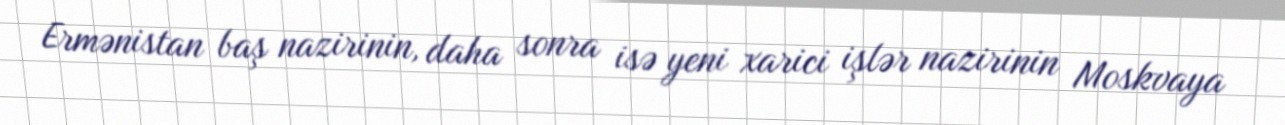
Ermənistan baş nazirinin, daha sonra isə yeni xarici işlər nazirinin Moskvaya